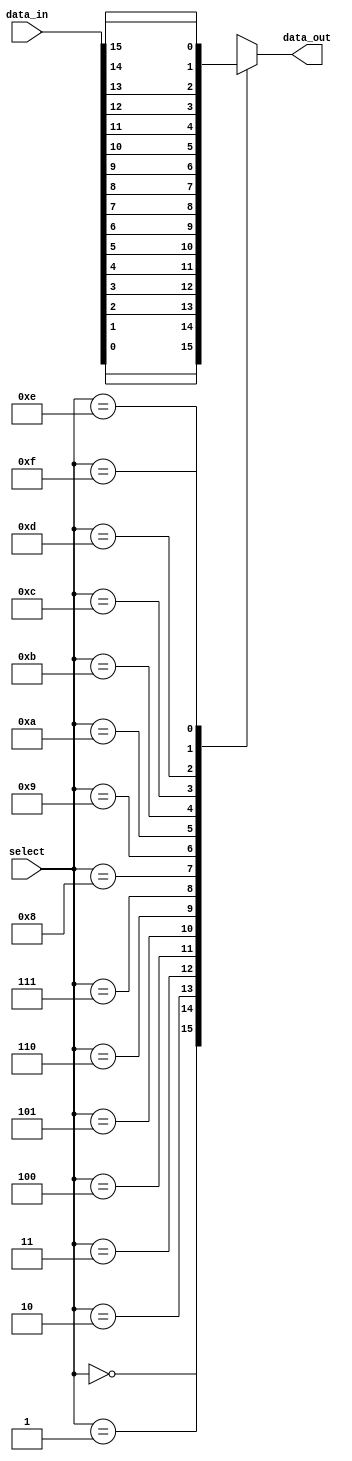
module mux_16_1 (
    input [15:0] data_in,
    input [3:0] select,
    output reg data_out
);

reg [15:0] temp_out;

always @ (select or data_in)
begin
    case (select)
        4'b0000: temp_out = data_in[0];
        4'b0001: temp_out = data_in[1];
        4'b0010: temp_out = data_in[2];
        4'b0011: temp_out = data_in[3];
        4'b0100: temp_out = data_in[4];
        4'b0101: temp_out = data_in[5];
        4'b0110: temp_out = data_in[6];
        4'b0111: temp_out = data_in[7];
        4'b1000: temp_out = data_in[8];
        4'b1001: temp_out = data_in[9];
        4'b1010: temp_out = data_in[10];
        4'b1011: temp_out = data_in[11];
        4'b1100: temp_out = data_in[12];
        4'b1101: temp_out = data_in[13];
        4'b1110: temp_out = data_in[14];
        4'b1111: temp_out = data_in[15];
        default: temp_out = 16'b0;  // default selection
    endcase
end

assign data_out = temp_out;

endmodule